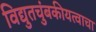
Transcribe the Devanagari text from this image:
विद्युतचुंबकीयत्वाचा